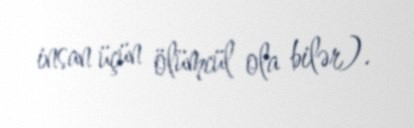
insan üçün ölümcül ola bilər).